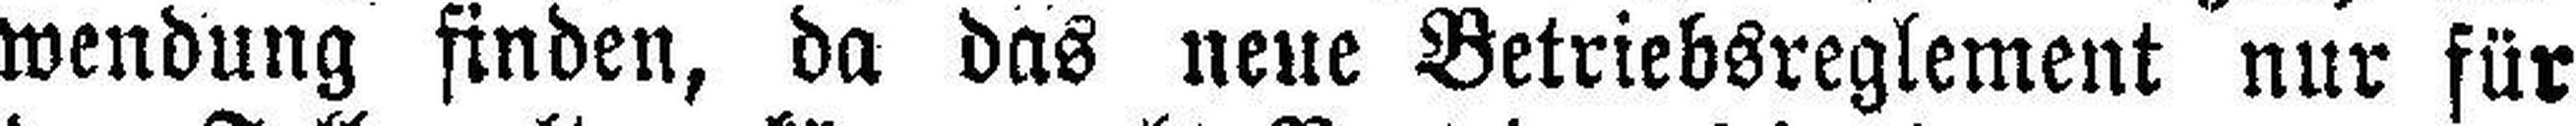
wendung finden, da das neue Betriebsreglement nur für